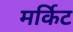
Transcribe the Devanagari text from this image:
मर्किट